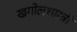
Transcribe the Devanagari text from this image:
खगोलशास्‍त्री